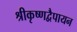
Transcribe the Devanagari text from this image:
श्रीकृष्णद्वैपायन